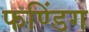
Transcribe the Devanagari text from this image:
फण्डिंग